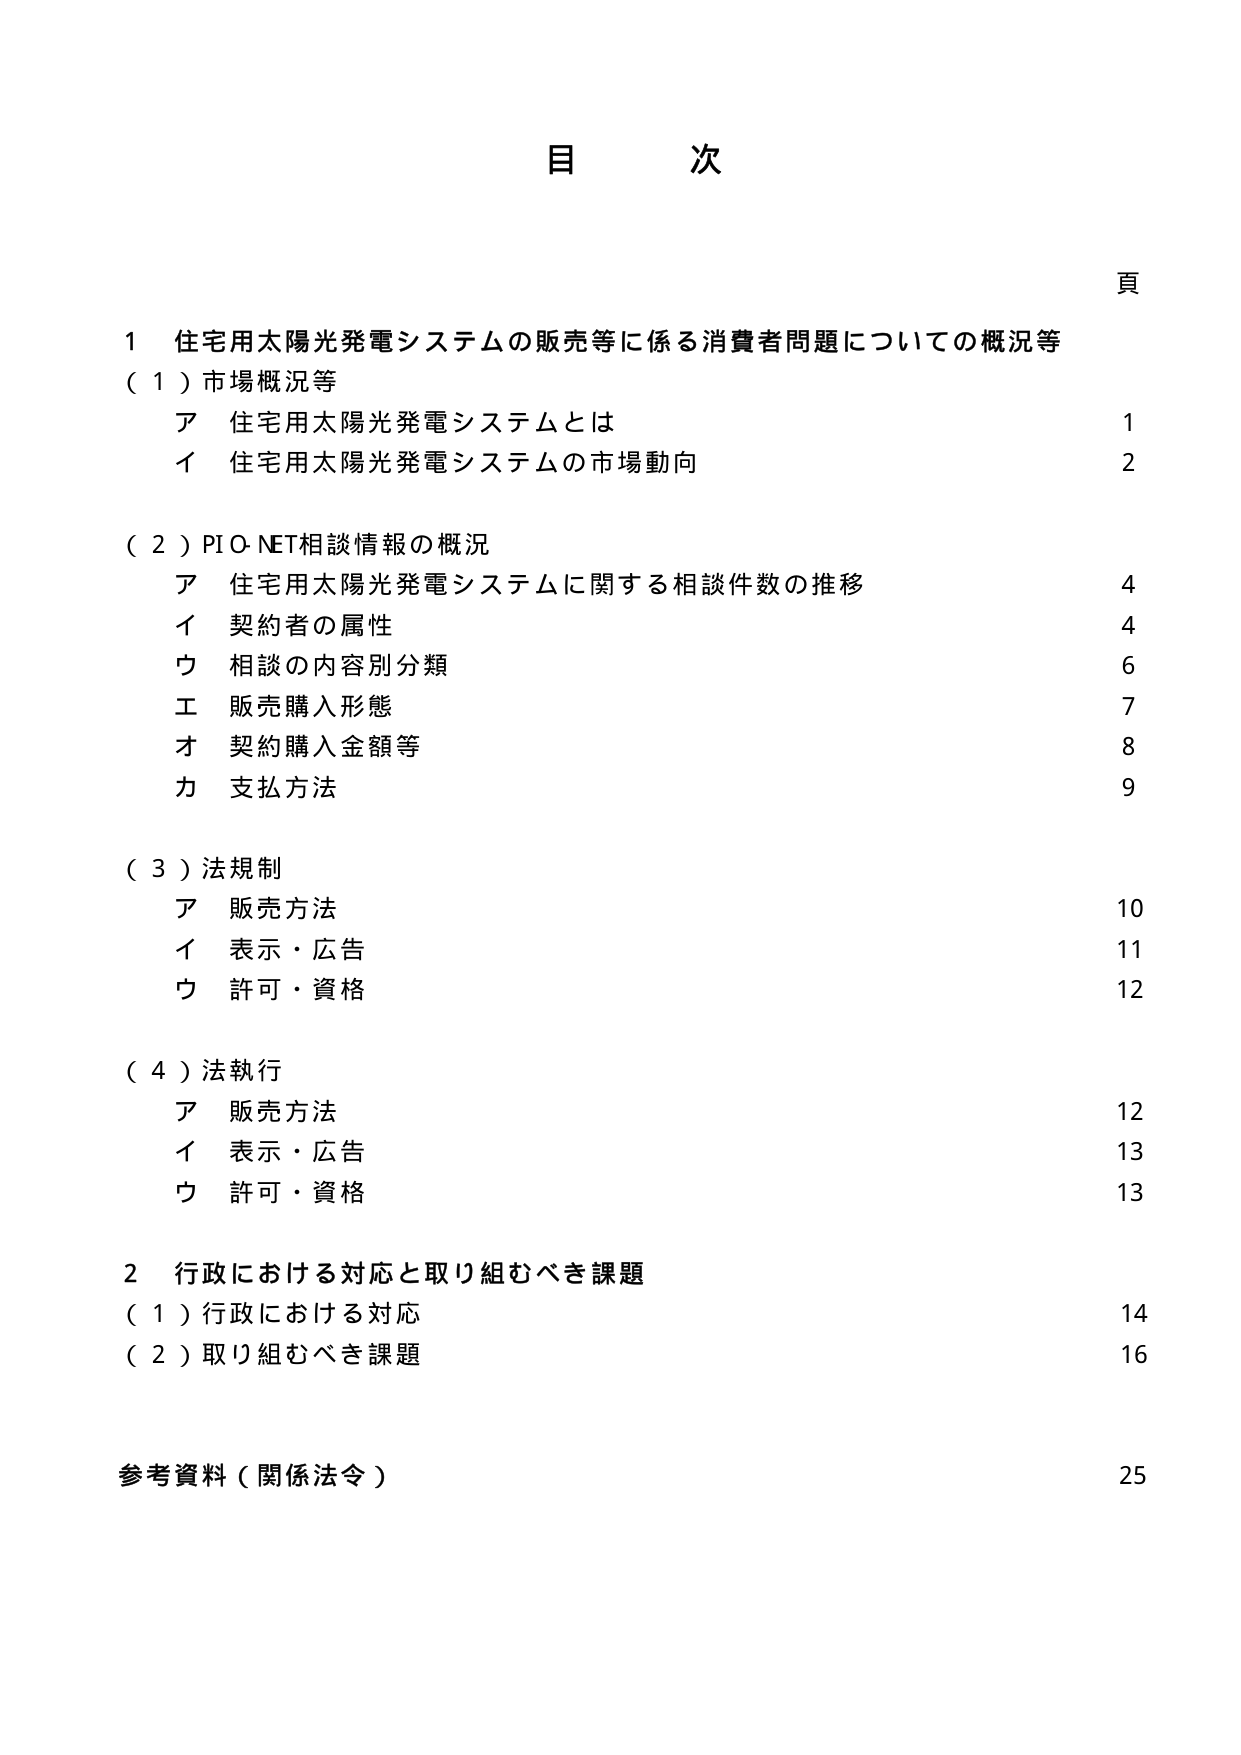
目 次

頁

1 住宅用太陽光発電システムの販売等に係る消費者問題についての概況等
（1）市場概況等
　ア 住宅用太陽光発電システムとは 1
　イ 住宅用太陽光発電システムの市場動向 2

（2）PIO-NET相談情報の概況
　ア 住宅用太陽光発電システムに関する相談件数の推移 4
　イ 契約者の属性 4
　ウ 相談の内容別分類 6
　エ 販売購入形態 7
　オ 契約購入金額等 8
　カ 支払方法 9

（3）法規制
　ア 販売方法 10
　イ 表示・広告 11
　ウ 許可・資格 12

（4）法執行
　ア 販売方法 12
　イ 表示・広告 13
　ウ 許可・資格 13

2 行政における対応と取り組むべき課題
（1）行政における対応 14
（2）取り組むべき課題 16

参考資料（関係法令） 25